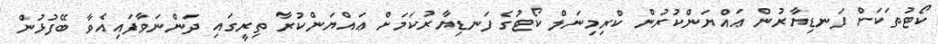
ކޯޓުތަކަށް ފަނޑިޔާރުން ޢައްޔަންކުރުން ކްރިމިނަލް ކޯޓުގެ ފަނޑިޔާރުކަމަށް ޢައްޔަންކުރާ ތިރީގައި ދަންނަވާފައިއެވާ ބޭފުޅުން